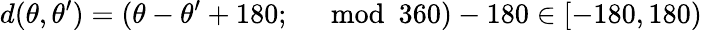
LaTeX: d(\theta,\theta^{\prime})=(\theta-\theta^{\prime}+180;\ \mod 360)-180\in[-180,180)